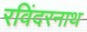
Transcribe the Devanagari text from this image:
रविंदरनाथ